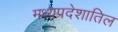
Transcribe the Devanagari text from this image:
मध्यप्रदेशातिल